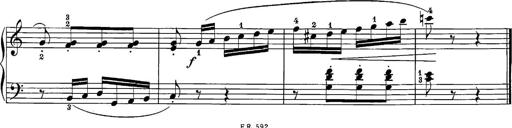
Title: 12 Sonatine per Pianoforte
Composer: Friedrich Kuhlau